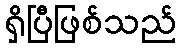
ရှိပြီဖြစ်သည်